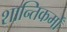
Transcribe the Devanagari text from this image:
शान्तिकर्मों